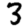
Digit: 3